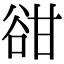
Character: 𧮳